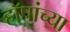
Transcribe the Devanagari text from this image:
हॉपांच्या